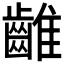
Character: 𪘮